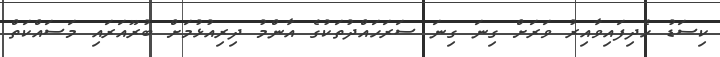
ކިސަޑު ހެދިފައިވާއިރު ވަރަށް ގިނަ ގިނަ ސަރަހައްދުތަކުގެ އާންމު ދިރިއުޅުމަށް ބުރޫއަރައި މަސައްކަތް